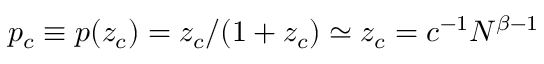
p _ { c } \equiv p ( z _ { c } ) = z _ { c } / ( 1 + z _ { c } ) \simeq z _ { c } = c ^ { - 1 } N ^ { \beta - 1 }